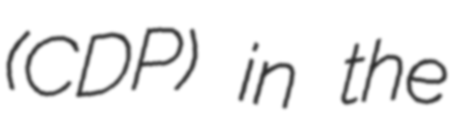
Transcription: (CDP) in the